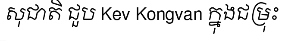
សុជាតិ ជួប Kev Kongvan ក្នុងជម្រុះ